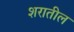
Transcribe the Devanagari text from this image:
शरातील